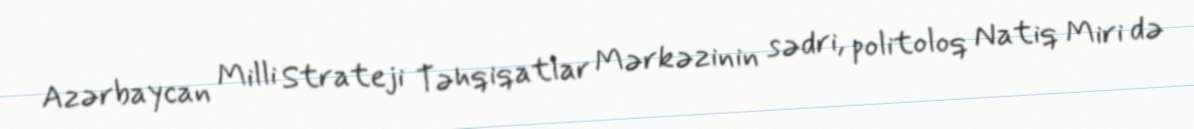
Azərbaycan Milli Strateji Təhqiqatlar Mərkəzinin sədri, politoloq Natiq Miri də